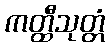
ကတ္ထီသုတ္တံ